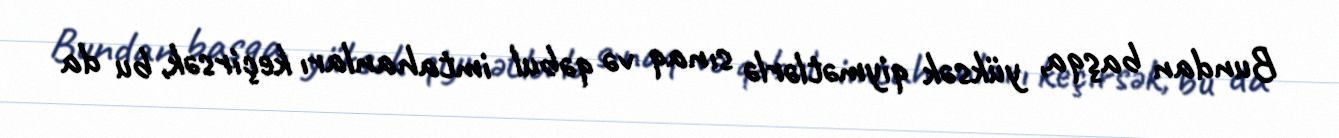
Bundan başqa, yüksək qiymətlərlə sınaq və qəbul imtahanları keçirsək, bu da